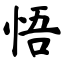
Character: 悟